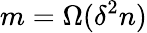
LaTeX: m=\Omega(\delta^{2}n)